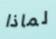
لماذا